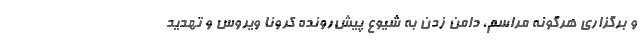
و برگزاری هرگونه مراسم، دامن زدن به شیوع پیش‌رونده کرونا ویروس و تهدید